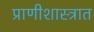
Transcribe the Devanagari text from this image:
प्राणीशास्त्रात